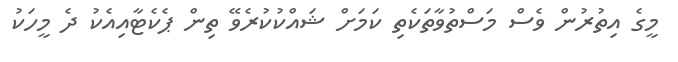
މީގެ އިތުރުން ވެސް މަސްތުވާތަކެތި ކަމަށް ޝައްކުކުރެވޭ ތިން ޕެކެޓާއިއެކު ދެ މީހަކު